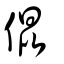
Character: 倱